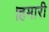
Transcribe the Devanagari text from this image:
।हमारी